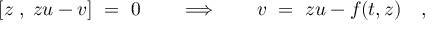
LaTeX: [ z \; , \; z u - v ] \ = \ 0 \qquad \Longrightarrow \qquad v \ = \ z u - f ( t , z ) \quad ,